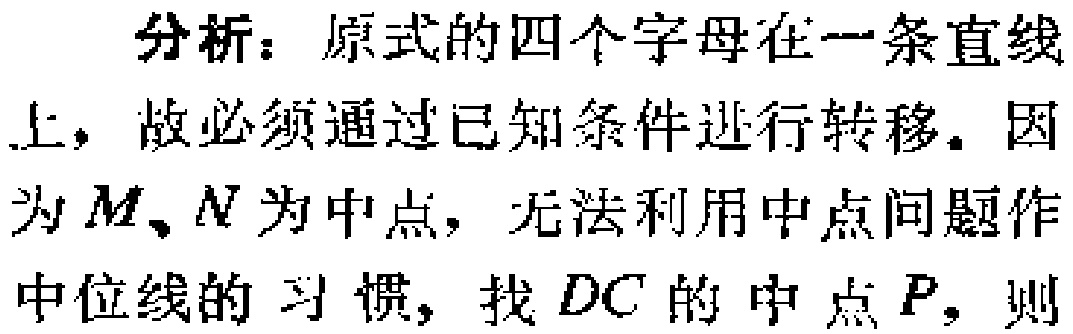
分析：原式的四个字母在一条直线
上，故必须通过已知条件进行转移。因
为\(M、N\)为中点，无法利用中点问题作
中位线的习惯，找\(DC\)的中点\(P\)，则